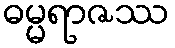
ဓမ္မရာဇဿ